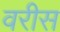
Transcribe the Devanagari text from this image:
वरीस